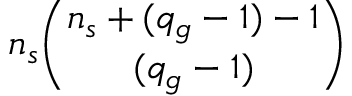
n _ { s } \binom { n _ { s } + ( q _ { g } - 1 ) - 1 } { ( q _ { g } - 1 ) }